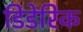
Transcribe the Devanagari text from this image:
डिडेरिक